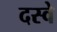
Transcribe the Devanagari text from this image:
दस्वे